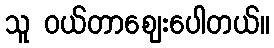
သူ ဝယ်တာဈေးပေါတယ်။